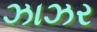
ઝાઝર